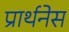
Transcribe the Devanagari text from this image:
प्रार्थनेस